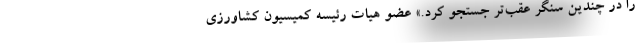
را در چندین سنگر عقب‌تر جستجو کرد.» عضو هیات رئیسه کمیسیون کشاورزی